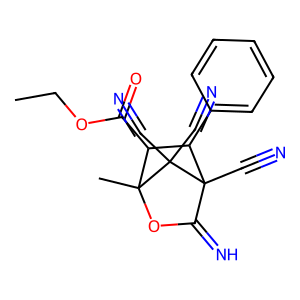
SMILES: CCOC(=O)C1C(c2ccccc2)C2(C#N)C(=N)OC1(C)C2(C#N)C#N
Inhibits HIV replication: No